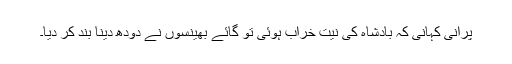
پرانی کہانی کہ بادشاہ کی نیت خراب ہوئی تو گائے بھینسوں نے دودھ دینا بند کر دیا۔